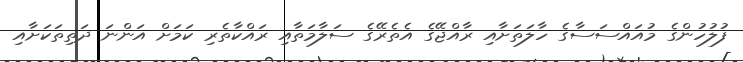
ފުލުހުންގެ މުއައްސަސާގެ ހާލަތަށާއި ރާއްޖޭގެ އެތެރޭގެ ސަލާމަތާއި ރައްކާތެރި ކަމަށް އަންނަ ދަތިތަކަށާއި